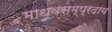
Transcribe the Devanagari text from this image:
माध्वसम्प्रदाय